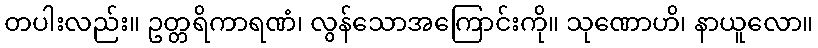
တပါးလည်း။ ဥတ္တရိကာရဏံ၊ လွန်သောအကြောင်းကို။ သုဏောဟိ၊ နာယူလော။